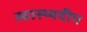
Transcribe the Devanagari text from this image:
स्वास्थ्यदीप